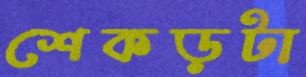
শেকড়টা